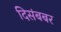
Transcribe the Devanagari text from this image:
दिसंबबर